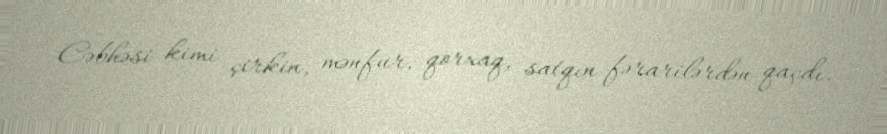
Cəbhəsi kimi çirkin, mənfur, qorxaq, satqın fərarilərdən qaçdı.